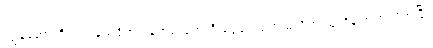
ကျွန်တော်တို့ရဲ့ ကန်ထရိုက် ဝန်ထမ်းတွေကို ငွေပေးစရာ မလိုဘဲ သူတို့နဲ့ အတူလိုက်ပြီး